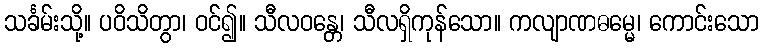
သင်္ခမ်းသို့။ ပဝိသိတွာ၊ ဝင်၍။ သီလဝန္တေ၊ သီလရှိကုန်သော။ ကလျာဏဓမ္မေ၊ ကောင်းသော